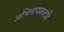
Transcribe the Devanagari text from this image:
अधिनायकतंत्री